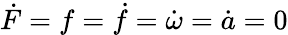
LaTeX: \dot{F}=f=\dot{f}=\dot{\omega}=\dot{a}=0